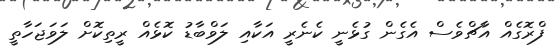
ފްރޮގެއް އާޗްވެސް އެގެން ގުޅެނީ ކެނެރީ އަކާއި ލަވްބާޑު ކޮޅެއް ރީތިކޮށް ލަވަޖަހާތީ